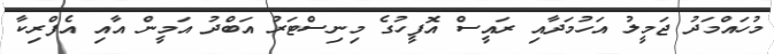
މުހައްމަދު ޖަމީލު އަހުމަދާއި ރައީސް އޮފީހުގެ މިނިސްޓަރު އަބްދު އަމީން އާއި އެފްރިކާ